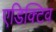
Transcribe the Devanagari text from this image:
एडिक्टिव